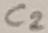
Text: C2